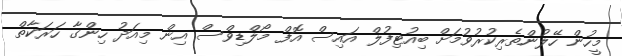
މީހުން ހޭލުންތެރިކުރުވުމަށް ބިއުޓިފުލް އައިސް އޮފް މޯލްޑިވްސް އިން މިއަދު ހިންގާ ހަރަކާތް